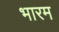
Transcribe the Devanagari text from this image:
भारम